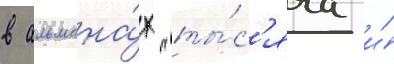
в альмана́х "ты́с'яча и́